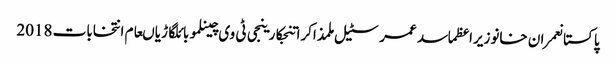
پاکستانعمران خانوزیراعظماسد عمرسٹیل ملمذاکراتنجکارینجی ٹی وی چینلموبائلگاڑیاںعام انتخابات 2018